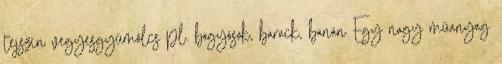
tejszín vegyesgyümölcs pl. bogyósok, barack, banán Egy nagy műanyag